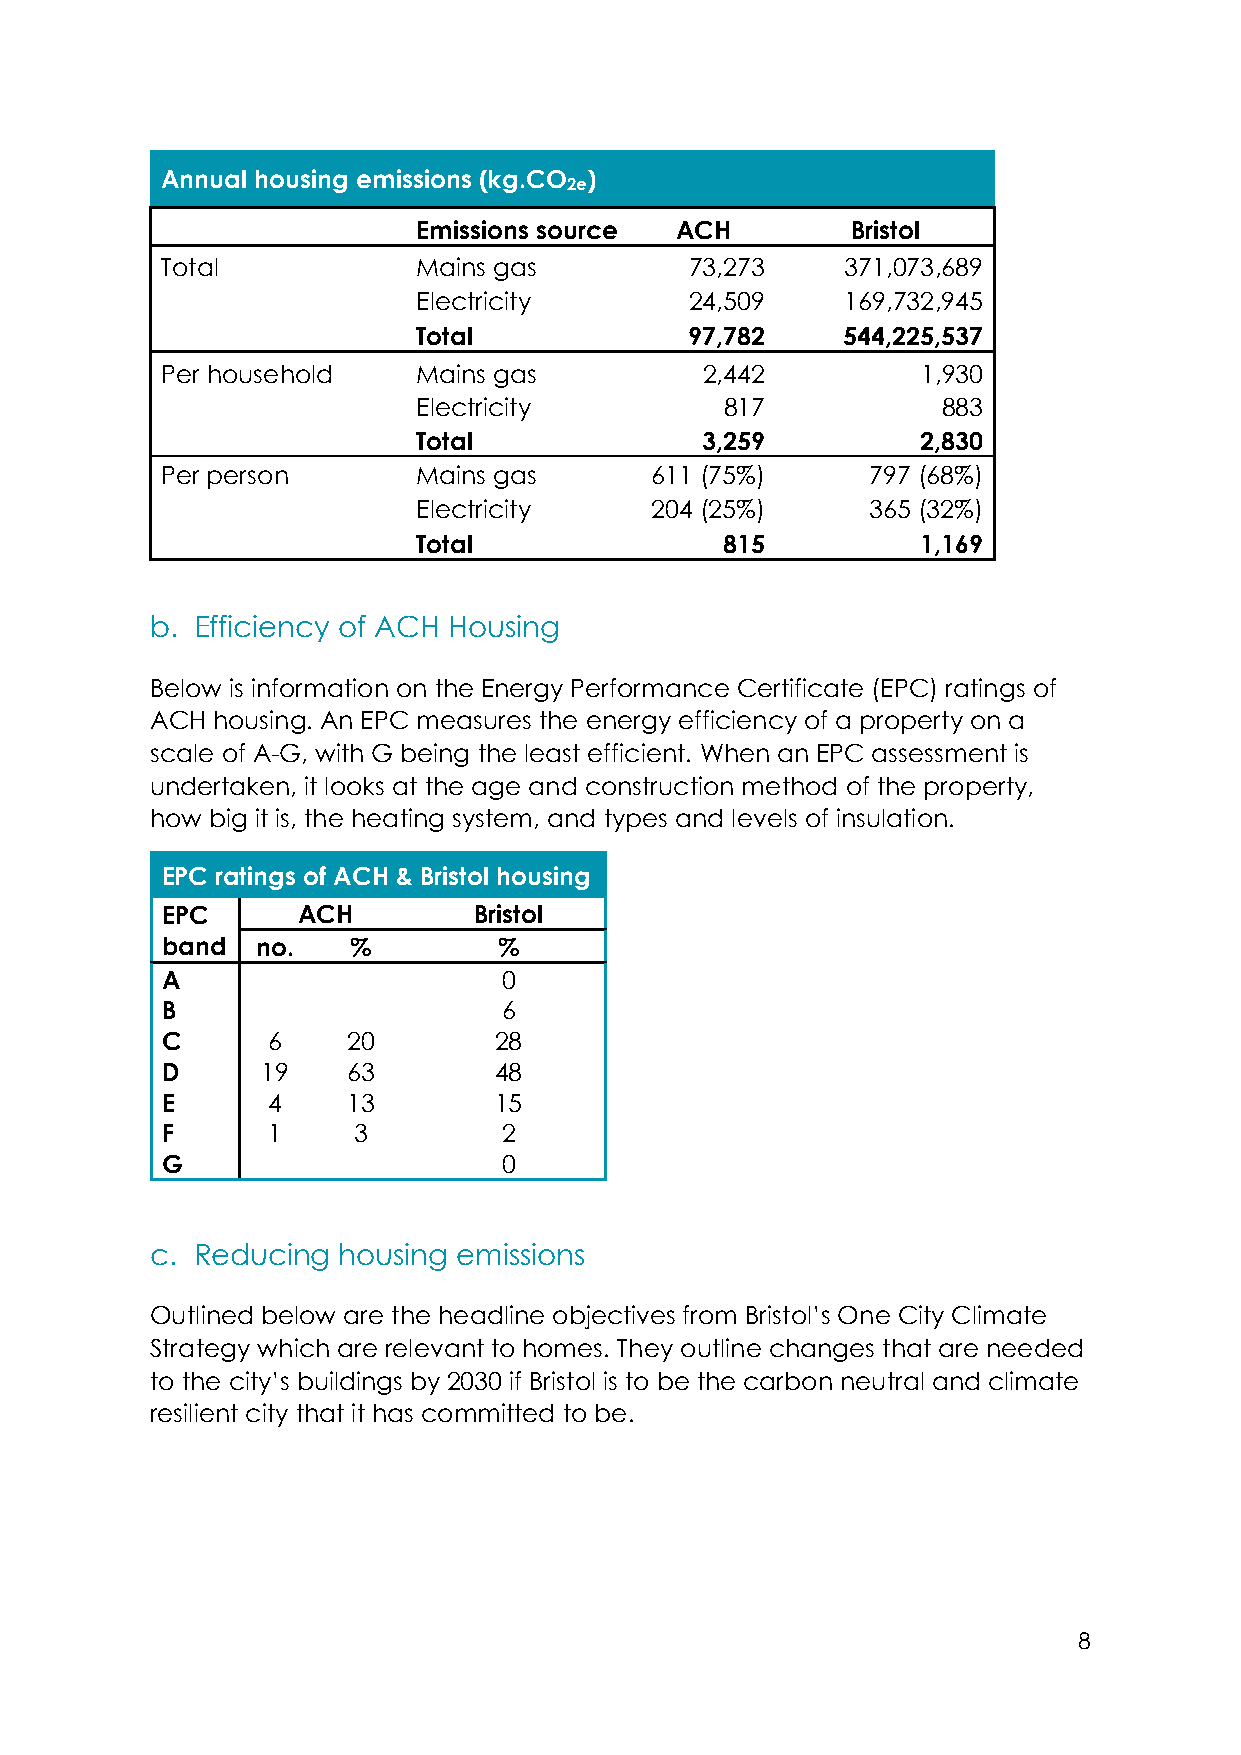
Annual housing emissions (kg.CO )
 2e
 Emissions source ACH        Bristol
 Total            Mains gas         73,273    371,073,689
 Electricity       24,509    169,732,945
 Total             97,782    544,225,537
 Per household    Mains gas          2,442         1,930
 Electricity         817           883
 Total             3,259          2,830
 Per person       Mains gas      611 (75%)     797 (68%)
 Electricity    204 (25%)     365 (32%)
 Total               815          1,169
 b. Efficiency of ACH Housing
 Below is information on the Energy Performance Certificate (EPC) ratings of
 ACH housing. An EPC measures the energy efficiency of a property on a
 scale of A-G, with G being the least efficient. When an EPC assessment is
 undertaken, it looks at the age and construction method of the property,
 how big it is, the heating system, and types and levels of insulation.
 EPC ratings of ACH & Bristol housing
 EPC      ACH        Bristol
 band  no.   %         %
 A                     0
 B                     6
 C      6    20        28
 D     19    63        48
 E      4    13        15
 F      1    3         2
 G                     0
 c. Reducing housing emissions
 Outlined below are the headline objectives from Bristol’s One City Climate
 Strategy which are relevant to homes. They outline changes that are needed
 to the city’s buildings by 2030 if Bristol is to be the carbon neutral and climate
 resilient city that it has committed to be.
 8